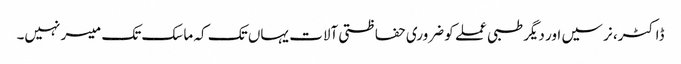
ڈاکٹر، نرسیں اور دیگر طبی عملے کو ضروری حفاظتی آلات یہاں تک کہ ماسک تک میسر نہیں۔